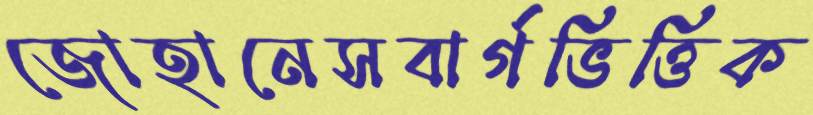
জোহানেসবার্গভিত্তিক